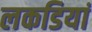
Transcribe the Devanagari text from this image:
लकडियां